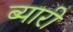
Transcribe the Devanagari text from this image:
ब्यारी